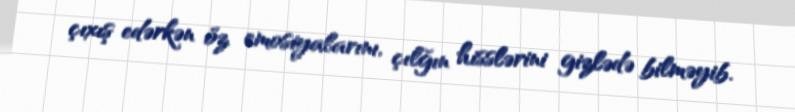
çıxış edərkən öz emosiyalarını, çılğın hisslərini gizlədə bilməyib.